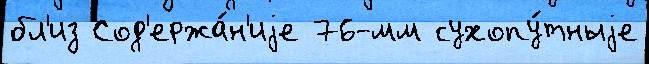
бл'из Сод'ержа́н'иjе 76-мм сухопу́тныjе